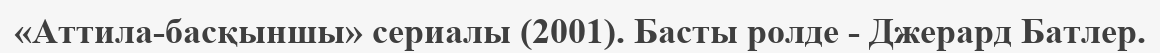
«Аттила-басқыншы» сериалы (2001). Басты ролде - Джерард Батлер.